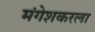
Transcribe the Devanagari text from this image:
मंगेशकरला